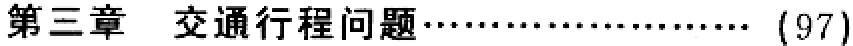
第三章 交通行程问题\(\cdots\cdots\cdots\cdots\cdots\cdots\cdots (97)\)